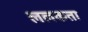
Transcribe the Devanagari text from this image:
ललकता